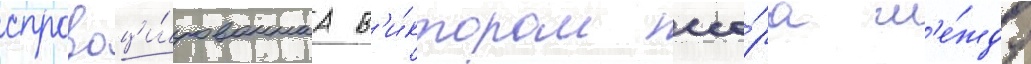
спровоци́рованнаа в'и́ктором ссо́ра м'е́жду